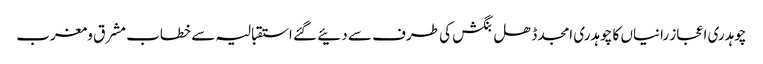
چوہدری اعجاز رانیاں کا چوہدری امجد ڈھل بنگش کی طرف سے دئیے گئے استقبالیہ سے خطاب	 مشرق و مغرب